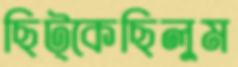
ছিট্‌কেছিলুম